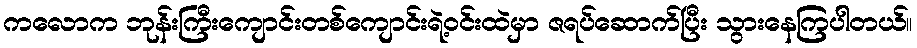
ကလောက ဘုန်းကြီးကျောင်းတစ်ကျောင်းရဲ့ဝင်းထဲမှာ ဇရပ်ဆောက်ပြီး သွားနေကြပါတယ်။